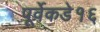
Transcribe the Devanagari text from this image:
पूर्वेकडे१६